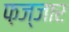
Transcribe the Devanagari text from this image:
फ़ज्जार